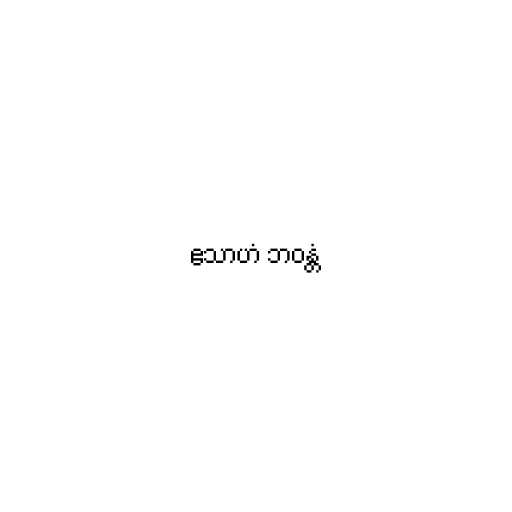
ဧသာဟံ ဘဝန္တံ